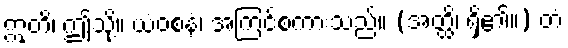
ဣတိ၊ ဤသို့။ ယံဝစနံ၊ အကြင်စကားသည်။ (အတ္ထိ၊ ရှိ၏။) တံ